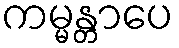
ကမ္မန္တာပေ